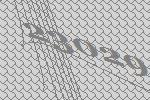
23029